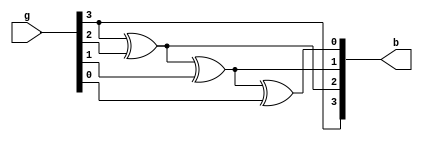
module converter_b (
	input  [3:0] g,
	output [3:0] b
);

assign b[0] = g[3] ^ g[2] ^ g[1] ^ g[0];
assign b[1] = g[3] ^ g[2] ^ g[1];
assign b[2] = g[3] ^ g[2];
assign b[3] = g[3];

endmodule